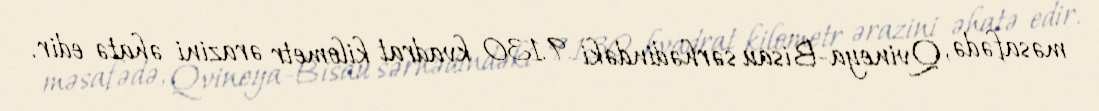
məsafədə, Qvineya-Bisau sərhədindəki 9.130 kvadrat kilometr ərazini əhatə edir.